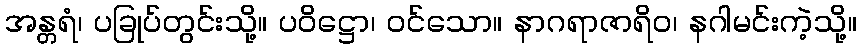
အန္တရံ၊ ပခြုပ်တွင်းသို့။ ပဝိဋ္ဌော၊ ဝင်သော။ နာဂရာဇာရိဝ၊ နဂါမင်းကဲ့သို့။